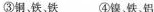
③铜，铁、铁 ④镍、铁、铝